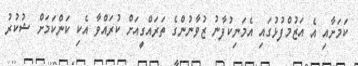
ކަމަށާއި އެ އަޒުމްފުޅުގައި އެމަނިކުފާނު ޒުވާނުންގެ ތަރައްގީއަށް ކުރައްވާ އެކި ކަންކަމަށް ޝުކުރު